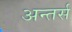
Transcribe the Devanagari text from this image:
अन्तर्स